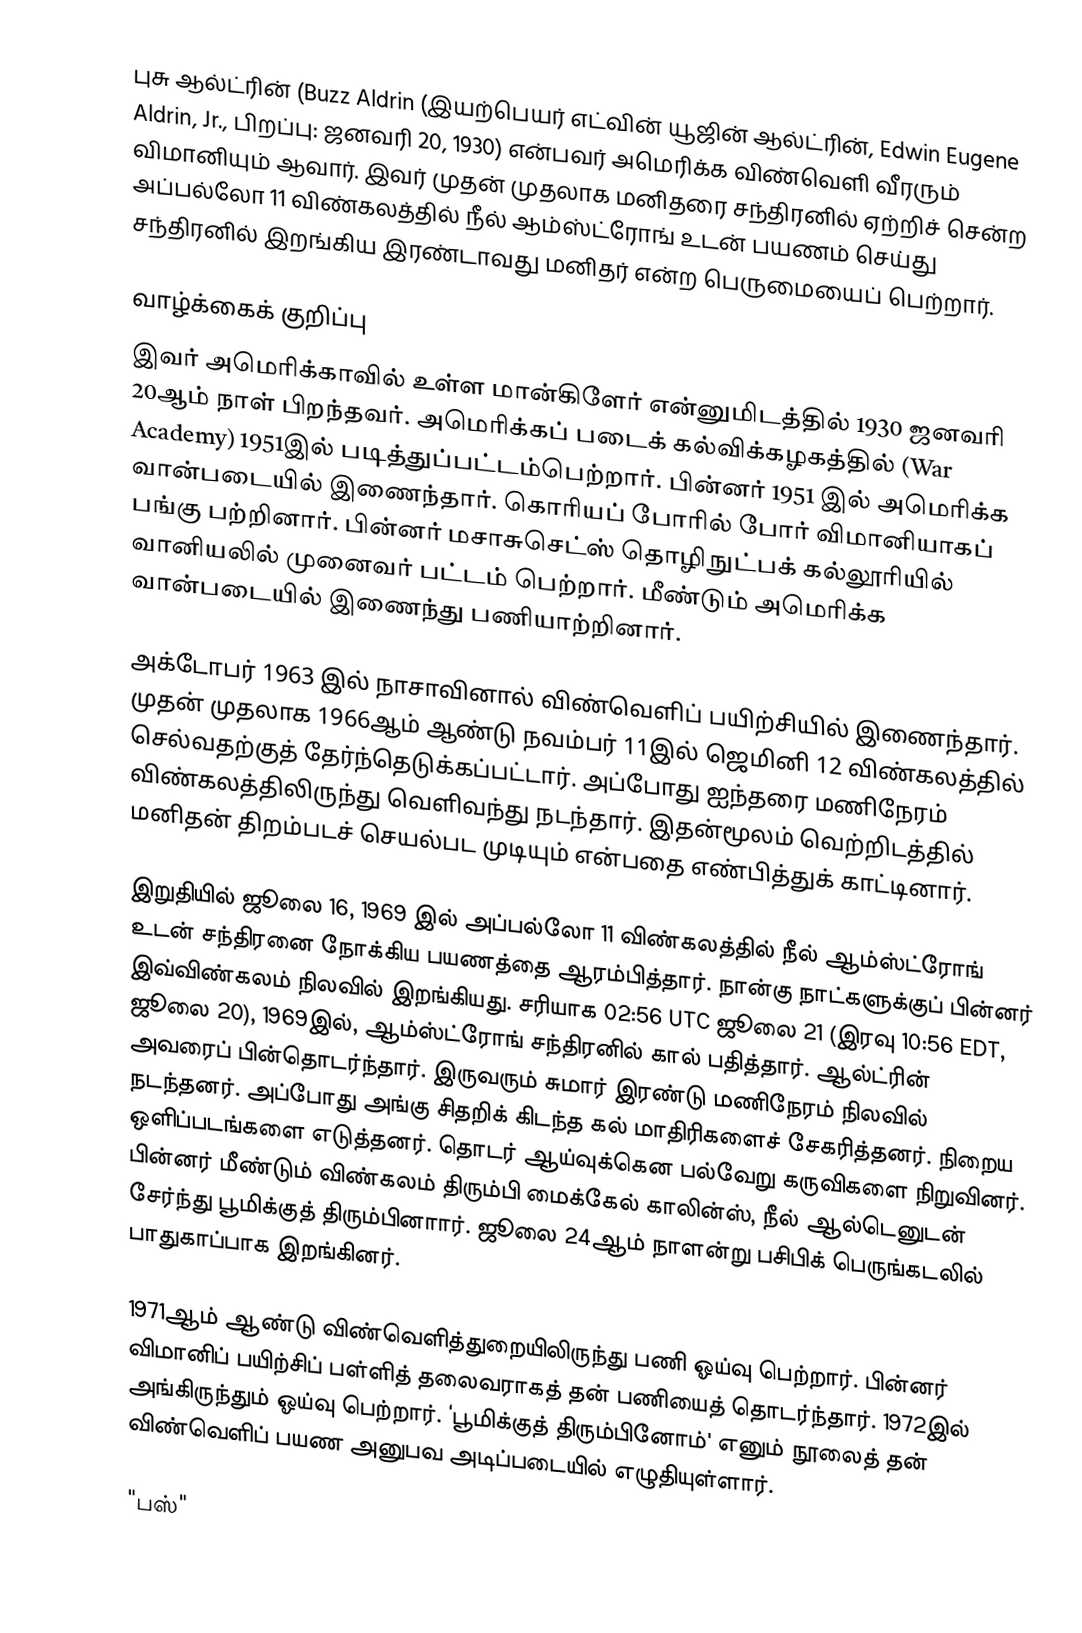
புசு ஆல்ட்ரின் (Buzz Aldrin (இயற்பெயர் எட்வின் யூஜின் ஆல்ட்ரின், Edwin Eugene Aldrin, Jr., பிறப்பு: ஜனவரி 20, 1930) என்பவர் அமெரிக்க விண்வெளி வீரரும் விமானியும் ஆவார். இவர் முதன் முதலாக மனிதரை சந்திரனில் ஏற்றிச் சென்ற அப்பல்லோ 11 விண்கலத்தில் நீல் ஆம்ஸ்ட்ரோங் உடன் பயணம் செய்து சந்திரனில் இறங்கிய இரண்டாவது மனிதர் என்ற பெருமையைப் பெற்றார்.

வாழ்க்கைக் குறிப்பு
இவர் அமெரிக்காவில் உள்ள மான்கிளேர் என்னுமிடத்தில் 1930 ஜனவரி 20ஆம் நாள் பிறந்தவர். அமெரிக்கப் படைக் கல்விக்கழகத்தில் (War Academy) 1951இல் படித்துப்பட்டம்பெற்றார். பின்னர் 1951 இல் அமெரிக்க வான்படையில் இணைந்தார். கொரியப் போரில் போர் விமானியாகப் பங்கு பற்றினார். பின்னர் மசாசுசெட்ஸ் தொழிநுட்பக் கல்லூரியில் வானியலில் முனைவர் பட்டம் பெற்றார். மீண்டும் அமெரிக்க வான்படையில் இணைந்து பணியாற்றினார்.

அக்டோபர் 1963 இல் நாசாவினால் விண்வெளிப் பயிற்சியில் இணைந்தார். முதன் முதலாக 1966ஆம் ஆண்டு நவம்பர் 11இல்  ஜெமினி 12 விண்கலத்தில் செல்வதற்குத் தேர்ந்தெடுக்கப்பட்டார். அப்போது ஐந்தரை மணிநேரம் விண்கலத்திலிருந்து வெளிவந்து நடந்தார். இதன்மூலம் வெற்றிடத்தில் மனிதன் திறம்படச் செயல்பட முடியும் என்பதை எண்பித்துக் காட்டினார்.

இறுதியில் ஜூலை 16, 1969 இல் அப்பல்லோ 11 விண்கலத்தில் நீல் ஆம்ஸ்ட்ரோங் உடன் சந்திரனை நோக்கிய பயணத்தை ஆரம்பித்தார். நான்கு நாட்களுக்குப் பின்னர் இவ்விண்கலம் நிலவில் இறங்கியது. சரியாக 02:56 UTC ஜூலை 21 (இரவு 10:56 EDT, ஜூலை 20), 1969இல், ஆம்ஸ்ட்ரோங் சந்திரனில் கால் பதித்தார். ஆல்ட்ரின் அவரைப் பின்தொடர்ந்தார். இருவரும் சுமார் இரண்டு மணிநேரம் நிலவில் நடந்தனர். அப்போது அங்கு சிதறிக் கிடந்த கல் மாதிரிகளைச் சேகரித்தனர். நிறைய ஒளிப்படங்களை எடுத்தனர். தொடர் ஆய்வுக்கென பல்வேறு கருவிகளை நிறுவினர். பின்னர் மீண்டும் விண்கலம் திரும்பி மைக்கேல் காலின்ஸ், நீல் ஆல்டெனுடன் சேர்ந்து பூமிக்குத் திரும்பினாார். ஜூலை 24ஆம் நாளன்று பசிபிக் பெருங்கடலில் பாதுகாப்பாக இறங்கினர்.

1971ஆம் ஆண்டு விண்வெளித்துறையிலிருந்து பணி ஓய்வு பெற்றார். பின்னர் விமானிப் பயிற்சிப் பள்ளித் தலைவராகத் தன் பணியைத் தொடர்ந்தார். 1972இல் அங்கிருந்தும் ஓய்வு பெற்றார். ‘பூமிக்குத் திரும்பினோம்' எனும் நூலைத் தன் விண்வெளிப் பயண அனுபவ அடிப்படையில் எழுதியுள்ளார்.

"பஸ்"